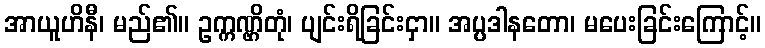
အာယူဟိနီ၊ မည်၏။ ဥက္ကဏ္ဌိတုံ၊ ပျင်းရိခြင်းငှာ။ အပ္ပဒါနတော၊ မပေးခြင်းကြောင့်။